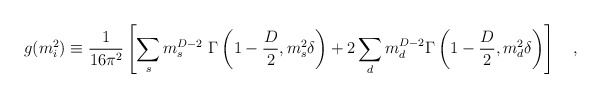
\begin{align*}g(m^2_i)\equiv{1 \over 16\pi^2}\left[\sum_s m_s^{D-2}{}~\Gamma\left(1-\frac D2,m_s^2\delta\right)+2\sum_d m_d^{D-2}\Gamma\left(1-\frac D2,m_d^2\delta\right)\right]~~~,\end{align*}